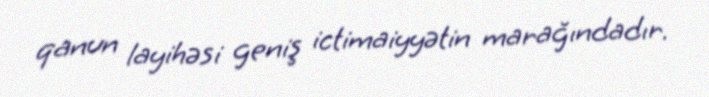
qanun layihəsi geniş ictimaiyyətin marağındadır.